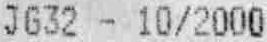
JG32 - 10/2000